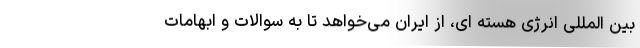
بین المللی انرژی هسته ای، از ایران می‌خواهد تا به سوالات و ابهامات